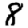
Digit: 8